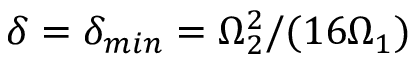
\delta = \delta _ { m i n } = \Omega _ { 2 } ^ { 2 } / ( 1 6 \Omega _ { 1 } )